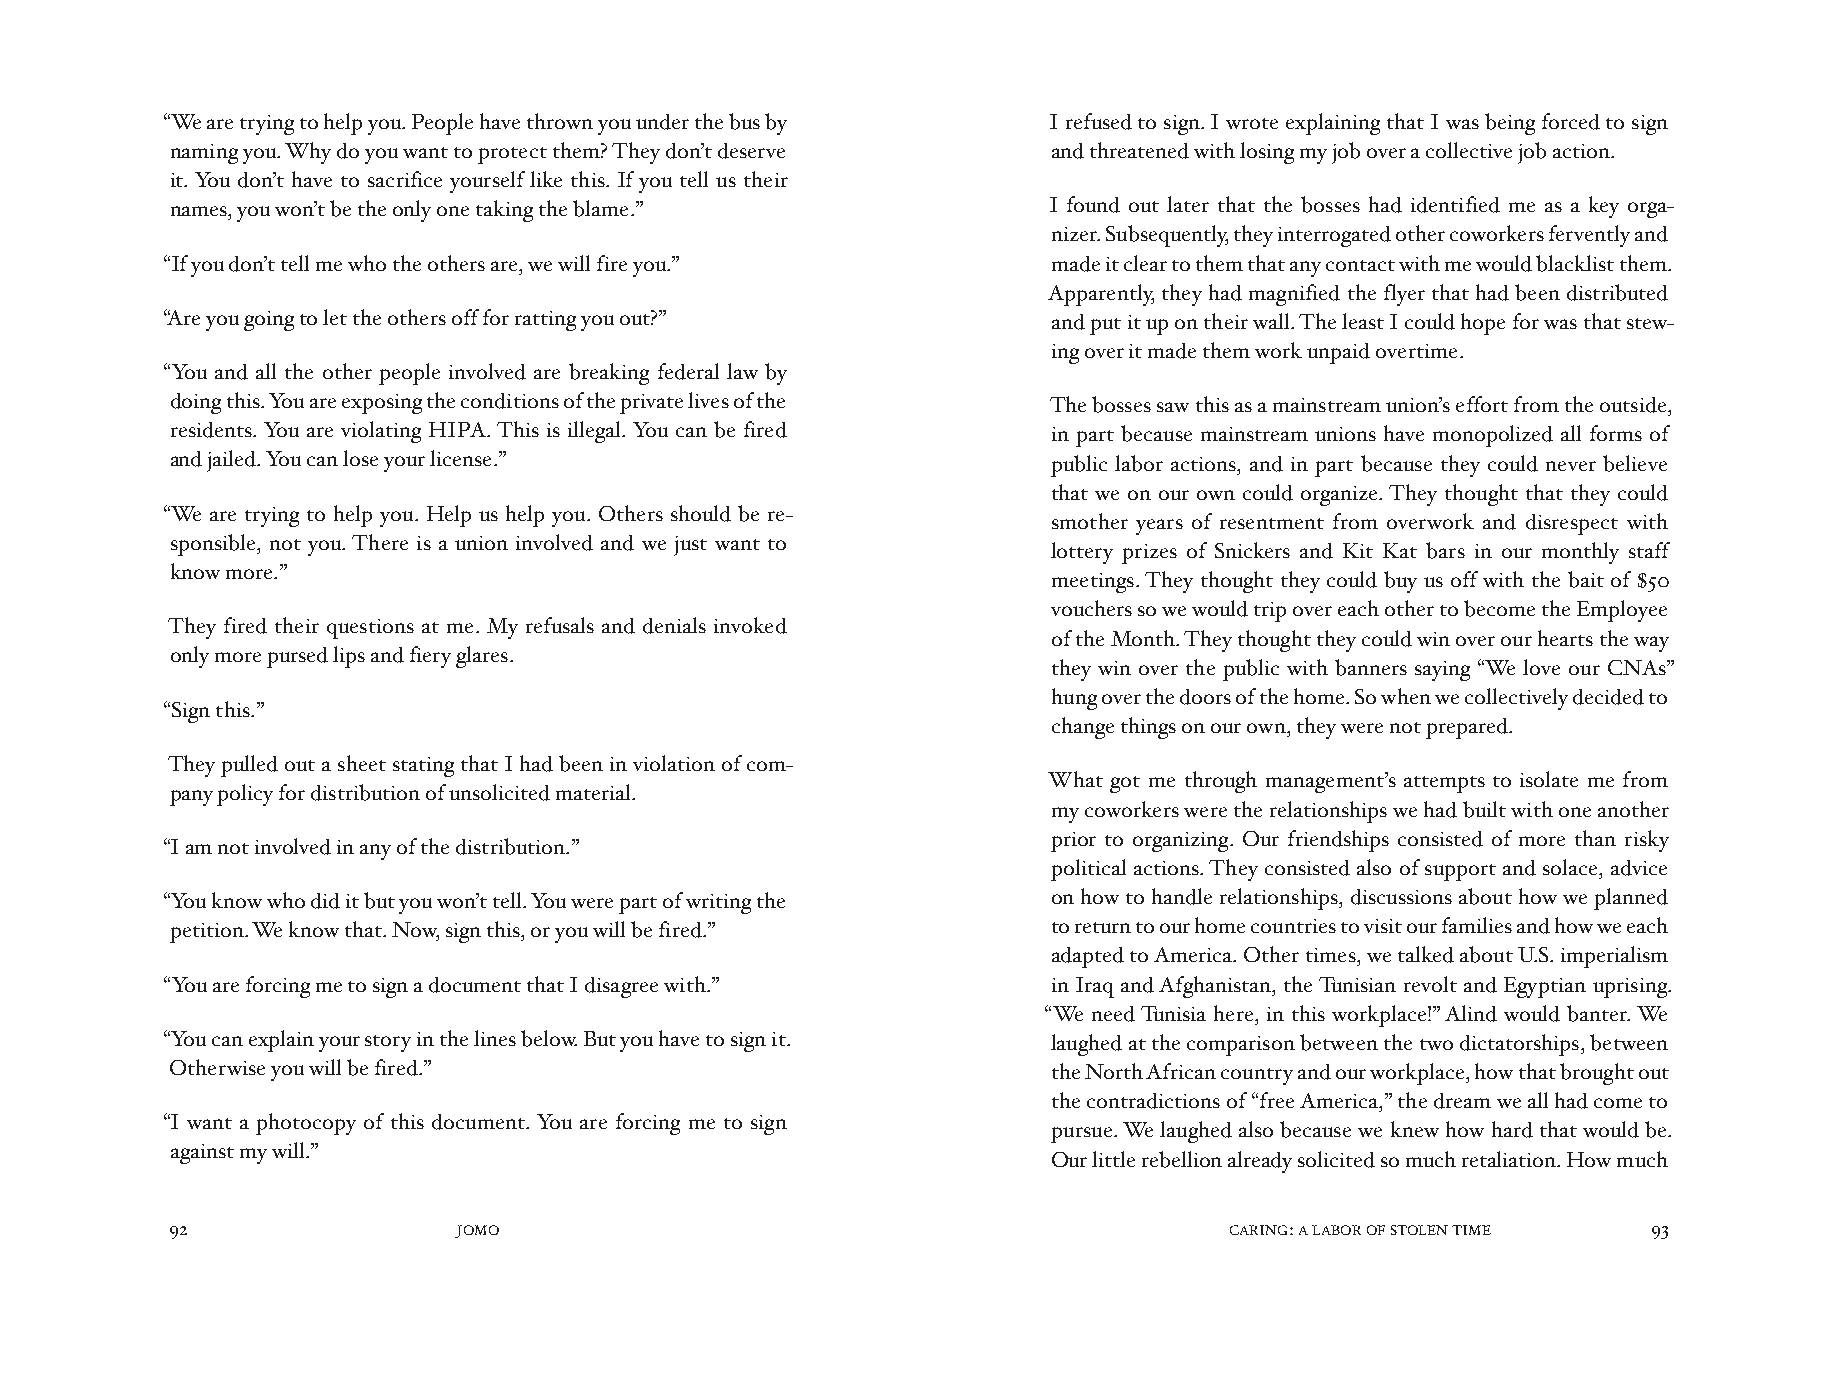
“We are trying to help you. People have thrown you under the bus by I refused to sign. I wrote explaining that I was being forced to sign
 naming you. Why do you want to protect them? They don’t deserve and threatened with losing my job over a collective job action.
 it. You don’t have to sacrifice yourself like this. If you tell us their
 names, you won’t be the only one taking the blame.”       I found out later that the bosses had identified me as a key orga-
 nizer. Subsequently, they interrogated other coworkers fervently and
 “If you don’t tell me who the others are, we will fire you.” made it clear to them that any contact with me would blacklist them.
 Apparently, they had magnified the flyer that had been distributed
 “Are you going to let the others off for ratting you out?” and put it up on their wall. The least I could hope for was that stew-
 ing over it made them work unpaid overtime.
 “You and all the other people involved are breaking federal law by
 doing this. You are exposing the conditions of the private lives of the The bosses saw this as a mainstream union’s effort from the outside,
 residents. You are violating HIPA. This is illegal. You can be fired in part because mainstream unions have monopolized all forms of
 and jailed. You can lose your license.”                    public labor actions, and in part because they could never believe
 that we on our own could organize. They thought that they could
 “We are trying to help you. Help us help you. Others should be re-
 smother years of resentment from overwork and disrespect with
 sponsible, not you. There is a union involved and we just want to
 lottery prizes of Snickers and Kit Kat bars in our monthly staff
 know more.”
 meetings. They thought they could buy us off with the bait of $50
 vouchers so we would trip over each other to become the Employee
 They fired their questions at me. My refusals and denials invoked
 of the Month. They thought they could win over our hearts the way
 only more pursed lips and fiery glares.
 they win over the public with banners saying “We love our CNAs”
 hung over the doors of the home. So when we collectively decided to
 “Sign this.”
 change things on our own, they were not prepared.
 They pulled out a sheet stating that I had been in violation of com-
 What got me through management’s attempts to isolate me from
 pany policy for distribution of unsolicited material.
 my coworkers were the relationships we had built with one another
 prior to organizing. Our friendships consisted of more than risky
 “I am not involved in any of the distribution.”
 political actions. They consisted also of support and solace, advice
 “You know who did it but you won’t tell. You were part of writing the on how to handle relationships, discussions about how we planned
 petition. We know that. Now, sign this, or you will be fired.” to return to our home countries to visit our families and how we each
 adapted to America. Other times, we talked about U.S. imperialism
 “You are forcing me to sign a document that I disagree with.” in Iraq and Afghanistan, the Tunisian revolt and Egyptian uprising.
 “We need Tunisia here, in this workplace!” Alind would banter. We
 “You can explain your story in the lines below. But you have to sign it. laughed at the comparison between the two dictatorships, between
 Otherwise you will be fired.”                              the North African country and our workplace, how that brought out
 the contradictions of “free America,” the dream we all had come to
 “I want a photocopy of this document. You are forcing me to sign
 pursue. We laughed also because we knew how hard that would be.
 against my will.”
 Our little rebellion already solicited so much retaliation. How much
 92                 JOMO                                               CARING: A LABOR OF STOLEN TIME 93